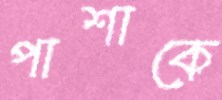
পাশাকে